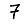
Digit: 7